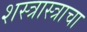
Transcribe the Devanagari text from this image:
शस्त्रास्त्राचा